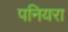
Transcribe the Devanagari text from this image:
पनियरा